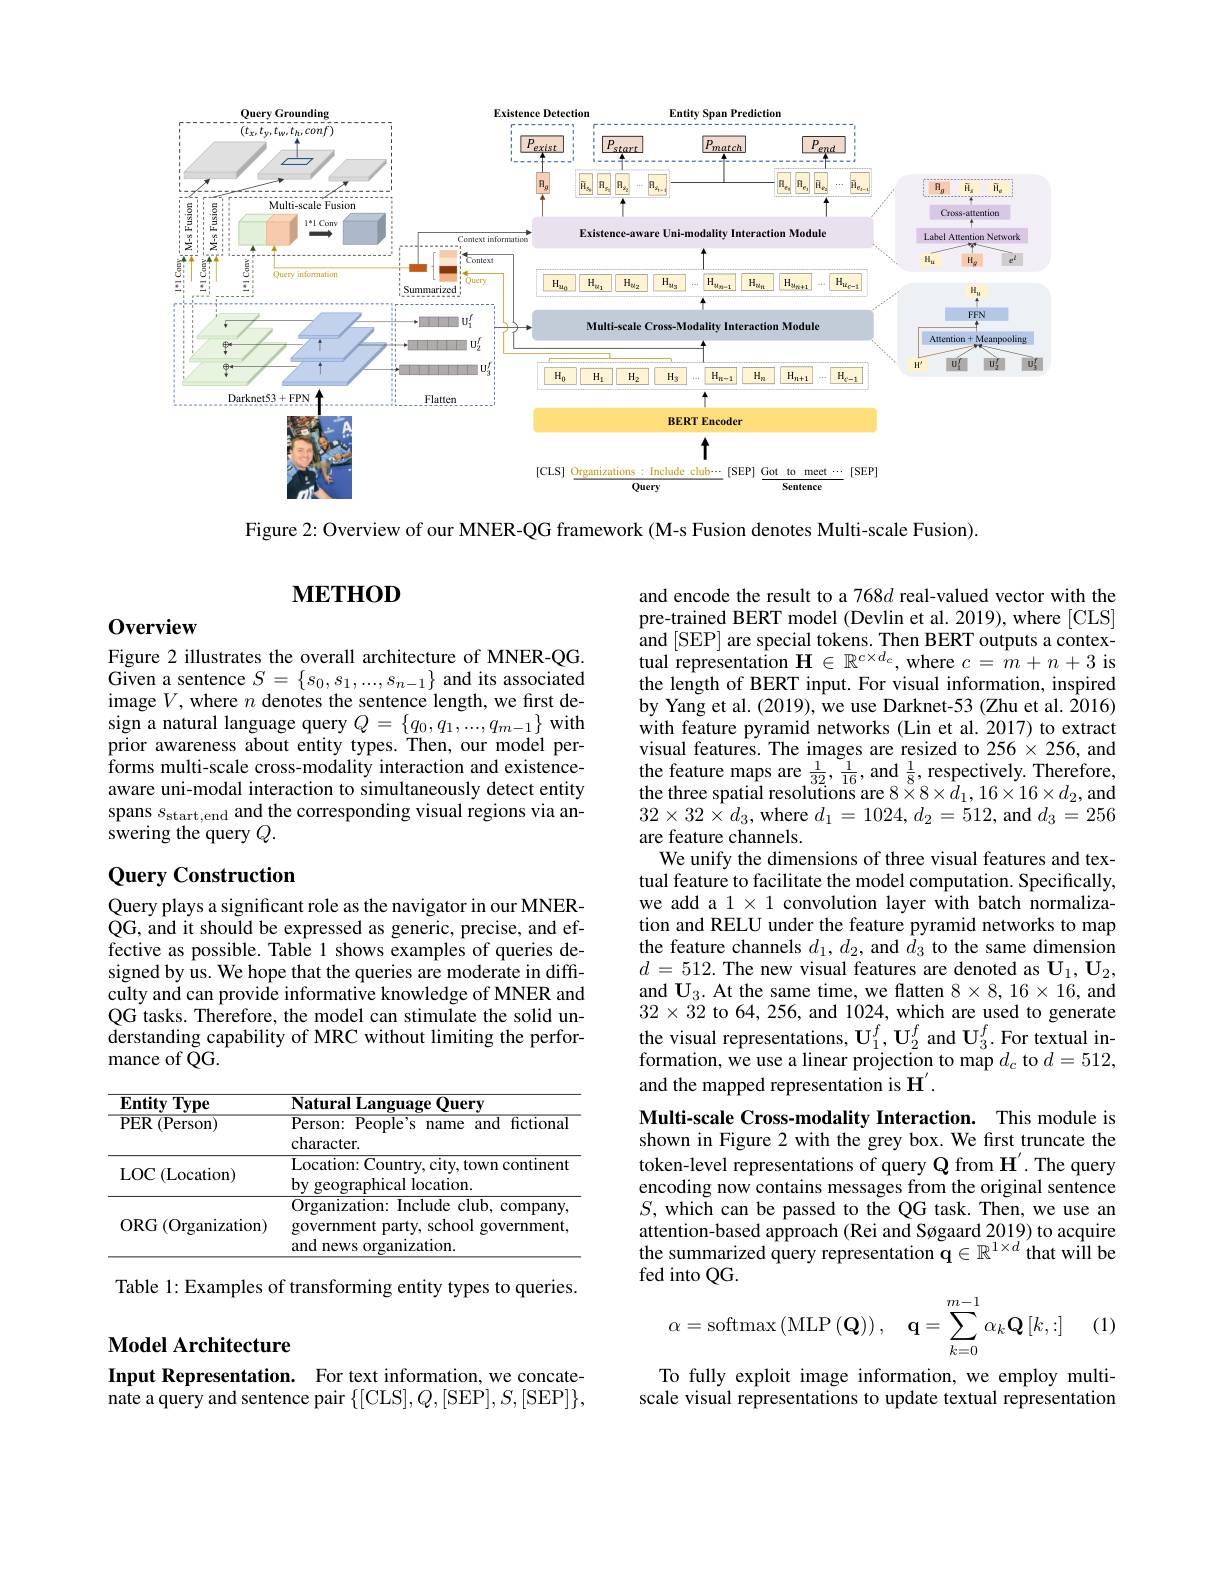
<FigureHere>

Figure 2: Overview of our MNER-QG framework (M-s Fusion denotes Multi-scale Fusion).

# $\mathbf{METHOD}$

## 0verview

Figure 2 illustrates the overall architecture of MNER-QG. Given a sentence $S=\{s_0,s_1,...,s_{n-1}\}$ and its associated image $V$,where $n$ denotes the sentence length, we first design a natural language query $Q=\{q_0,q_1,...,q_{m-1}\}$ with prior awareness about entity types. Then, our model performs multi-scale cross-modality interaction and existenceaware uni-modal interaction to simultaneously detect entity spans $s_\mathrm{start,end}$ and the corresponding visual regions via answering the query $Q.$

## Query Construction

and encode the result to a 768$d$ real-valued vector with the pre-trained BERT model (Devlin et al. 2019), where [CLS] and [ SEP] are special tokens. Then BERT outputs a contex- tual representation $\mathbf{H}\in\mathbb{R}^{c\times d_c}$, where $c=m+n+3$ is the length of BERT input. For visual information, inspired by Yang et al. (2019), we use Darknet-53 (Zhu et al. 2016) with feature pyramid networks (Lin et al.2017) to extract visual features. The images are resized to 256 $\times256$, and the feature maps are $\frac1{32},\frac1{16}$, and $\frac18$, respectively. Therefore, the three spatial resolutions are $8\times8\times d_{1},16\times16\times d_{2}$,and $32\times32\times d_{3}$, where $d_1=1024,d_{2}=512$, and $d_{3}=256$ are feature channels.
We unify the dimensions of three visual features and textual feature to facilitate the model computation. Specifically, we add a $1\times1$ convolution layer with batch normalization and RELU under the feature pyramid networks to map the feature channels $d_1,d_2$, and $d_3$ to the same dimension $d=512.$ The new visual features are denoted as $\mathbf{U}_1,\mathbf{U}_2$, and $\mathbf{U}_3.$ At the same time, we flatten $8\times8,16\times16$,and $32\times\ddot{3}2$ to 64, 256, and 1024, which are used to generate the visual representations, $\mathbf{U}_1^f,\mathbf{U}_2^f$ and $\mathbf{U}_3^f.$ For textual information, we use a linear projection to map $d_{c}$ to $d=512$, and the mapped representation is H'
Multi-scale Cross-modality Interaction. This module is shown in Figure 2 with the grey box. We first truncate the token-level representations of query Q from H'. The query encoding now contains messages from the original sentence $S$, which can be passed to the QG task. Then, we use an attention-based approach (Rei and Søgaard 2019) to acquire the summarized query representation $\mathbf{q}\in\mathbb{R}^{1\times d}$that will be fed into QG
$$\alpha=\mathrm{softmax}\left(\mathrm{MLP}\left(\mathbf{Q}\right)\right),\quad\mathbf{q}=\sum\limits_{k=0}^{m-1}\alpha_{k}\mathbf{Q}\left[k,:\right]$$
Query plays a significant role as the navigator in our MNERQG, and it should be expressed as generic, precise, and effective as possible. Table 1 shows examples of queries designed by us. We hope that the queries are moderate in difficulty and can provide informative knowledge of MNER and QG tasks. Therefore, the model can stimulate the solid understanding capability of MRC without limiting the performance of $\tilde{\mathrm{QG}}.$

<table>
	<tbody>
		<tr>
			<td>$\mathbf{EntityType}$</td>
			<td>e Query $\mathbf{NaturalLanguage}$</td>
		</tr>
		<tr>
			<td>$\overline{\mathrm{PER}\left(\mathrm{Person}\right)}$</td>
			<td>Person: People's name and fictiona character.</td>
		</tr>
		<tr>
			<td>$\operatorname{LOC}\left(\mathrm{Location}\right)$</td>
			<td>Location:  Country,  city,  town continent by geographical location.</td>
		</tr>
		<tr>
			<td>ORG$\left ( \mathrm{Organization}\right )$</td>
			<td>${\overline{{\mathrm{Organization:~Include~club,~company}}}}$ government party, school government and news organization.</td>
		</tr>
	</tbody>
</table>

Table 1: Examples of transforming entity types to queries.

(1)

Model Architecture

Input Representation. For text information, we concate-

$\bar{\text{nate a query and sentence pair}}\left\{[\mathrm{CLS}],Q,[\mathrm{SEP}],S,[\mathrm{SEP}]\right\}$,

To fully exploit image information, we employ multiscale visual representations to update textual representation